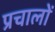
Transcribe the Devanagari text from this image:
प्रचालों